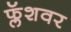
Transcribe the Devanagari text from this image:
फ्लॅशवर